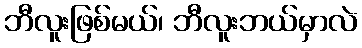
ဘီလူးဖြစ်မယ်၊ ဘီလူးဘယ်မှာလဲ